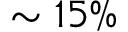
\sim 1 5 \%